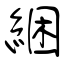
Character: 綑